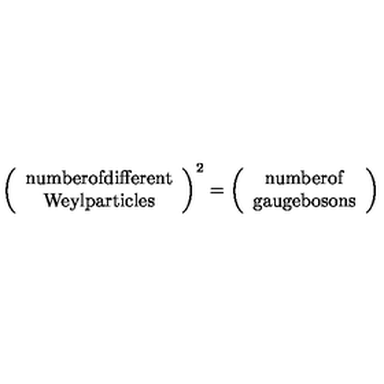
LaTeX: \left( \begin{array} { c } { \mathrm { { \small n u m b e r o f d i f f e r e n t } } } \\ { \mathrm { { \small W e y l p a r t i c l e s } } } \\ \end{array} \right) ^ { 2 } = \left( \begin{array} { c } { \mathrm { { \small n u m b e r o f } } } \\ { \mathrm { { \small g a u g e b o s o n s } } } \\ \end{array} \right)